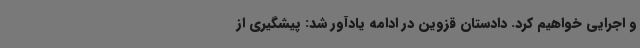
و اجرایی خواهیم کرد. دادستان قزوین در ادامه یادآور شد: پیشگیری از